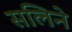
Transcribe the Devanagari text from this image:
सलिने